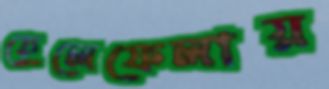
হেলেফেলায়